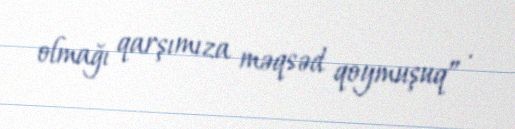
olmağı qarşımıza məqsəd qoymuşuq” .